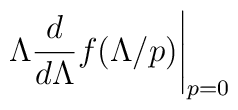
\Lambda \frac{d}{d\Lambda} f(\Lambda/p)\Bigg|_{p=0}